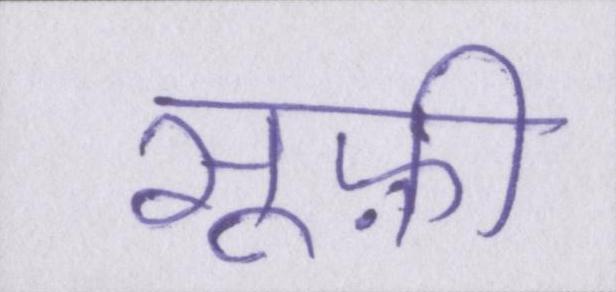
सूफ़ी